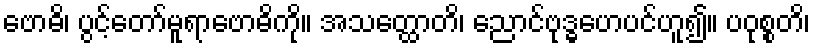
ဗောဓိ၊ ပွင့်တော်မူရာဗောဓိကို။ အသတ္ထောတိ၊ ညောင်ဗုဒ္ဓဟေပင်ဟူ၍။ ပဝုစ္စတိ၊